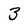
Character: 3